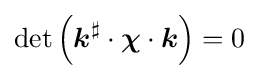
\det \left({\boldsymbol {k}}^{\sharp }\cdot {\boldsymbol {\chi }}\cdot {\boldsymbol {k}}\right)=0